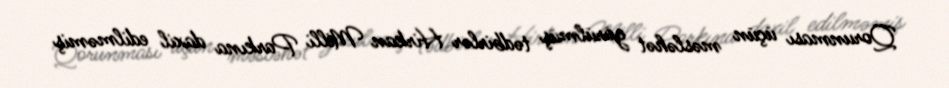
Qorunması üçün məsləhət görülmüş tədbirlər Hirkan Milli Parkına daxil edilməmiş